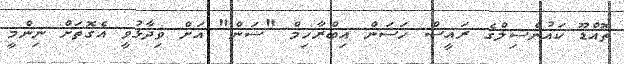
ތޮއްޑޫ ކައުންސިލްގެ ރައީސް ހަސަން އިބްރާހިމް "ސަން" އަށް ވިދާޅުވީ އެގޮތަށް ނިންމީ